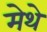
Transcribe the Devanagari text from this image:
मेथे